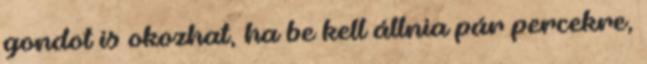
gondot is okozhat, ha be kell állnia pár percekre,